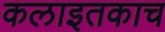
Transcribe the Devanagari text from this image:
कलाइतकाच